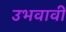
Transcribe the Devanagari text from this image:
उभवावी